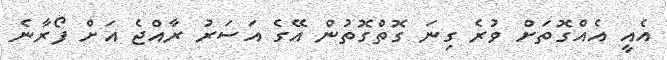
އެއީ އެއްގޮތަށް ވުރެ ގިނަ ގޮތްގޮތުން އޭގެ އަސަރު ރާއްޖެ އަށް ފޯރާނެ